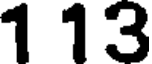
1 13